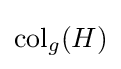
{\textrm {col}}_{g}(H)